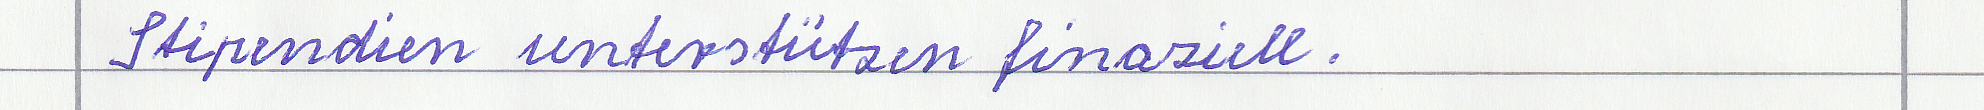
Stipendien unterstützen finanziell.